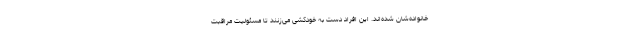
خانواده‌شان شده‌اند. این افراد دست به خودکشی می‌زنند تا مسئولیت مراقبت